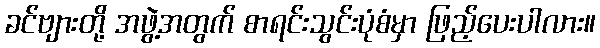
ခင်ဗျားတို့ အဖွဲ့အတွက် စာရင်းသွင်းပုံစံမှာ ဖြည့်ပေးပါလား။